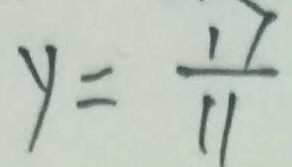
y = \frac { 1 7 } { 1 1 }